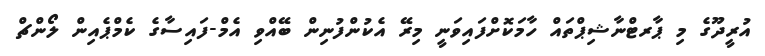
އުރީދޫގެ މި ޕާރޓްނާޝިޕްތައް ހާމަކޮށްފައިވަނީ މިރޭ އެކުންފުނިން ބޭއްވި އެމް-ފައިސާގެ ކެމްޕެއިން ލޯންޗް